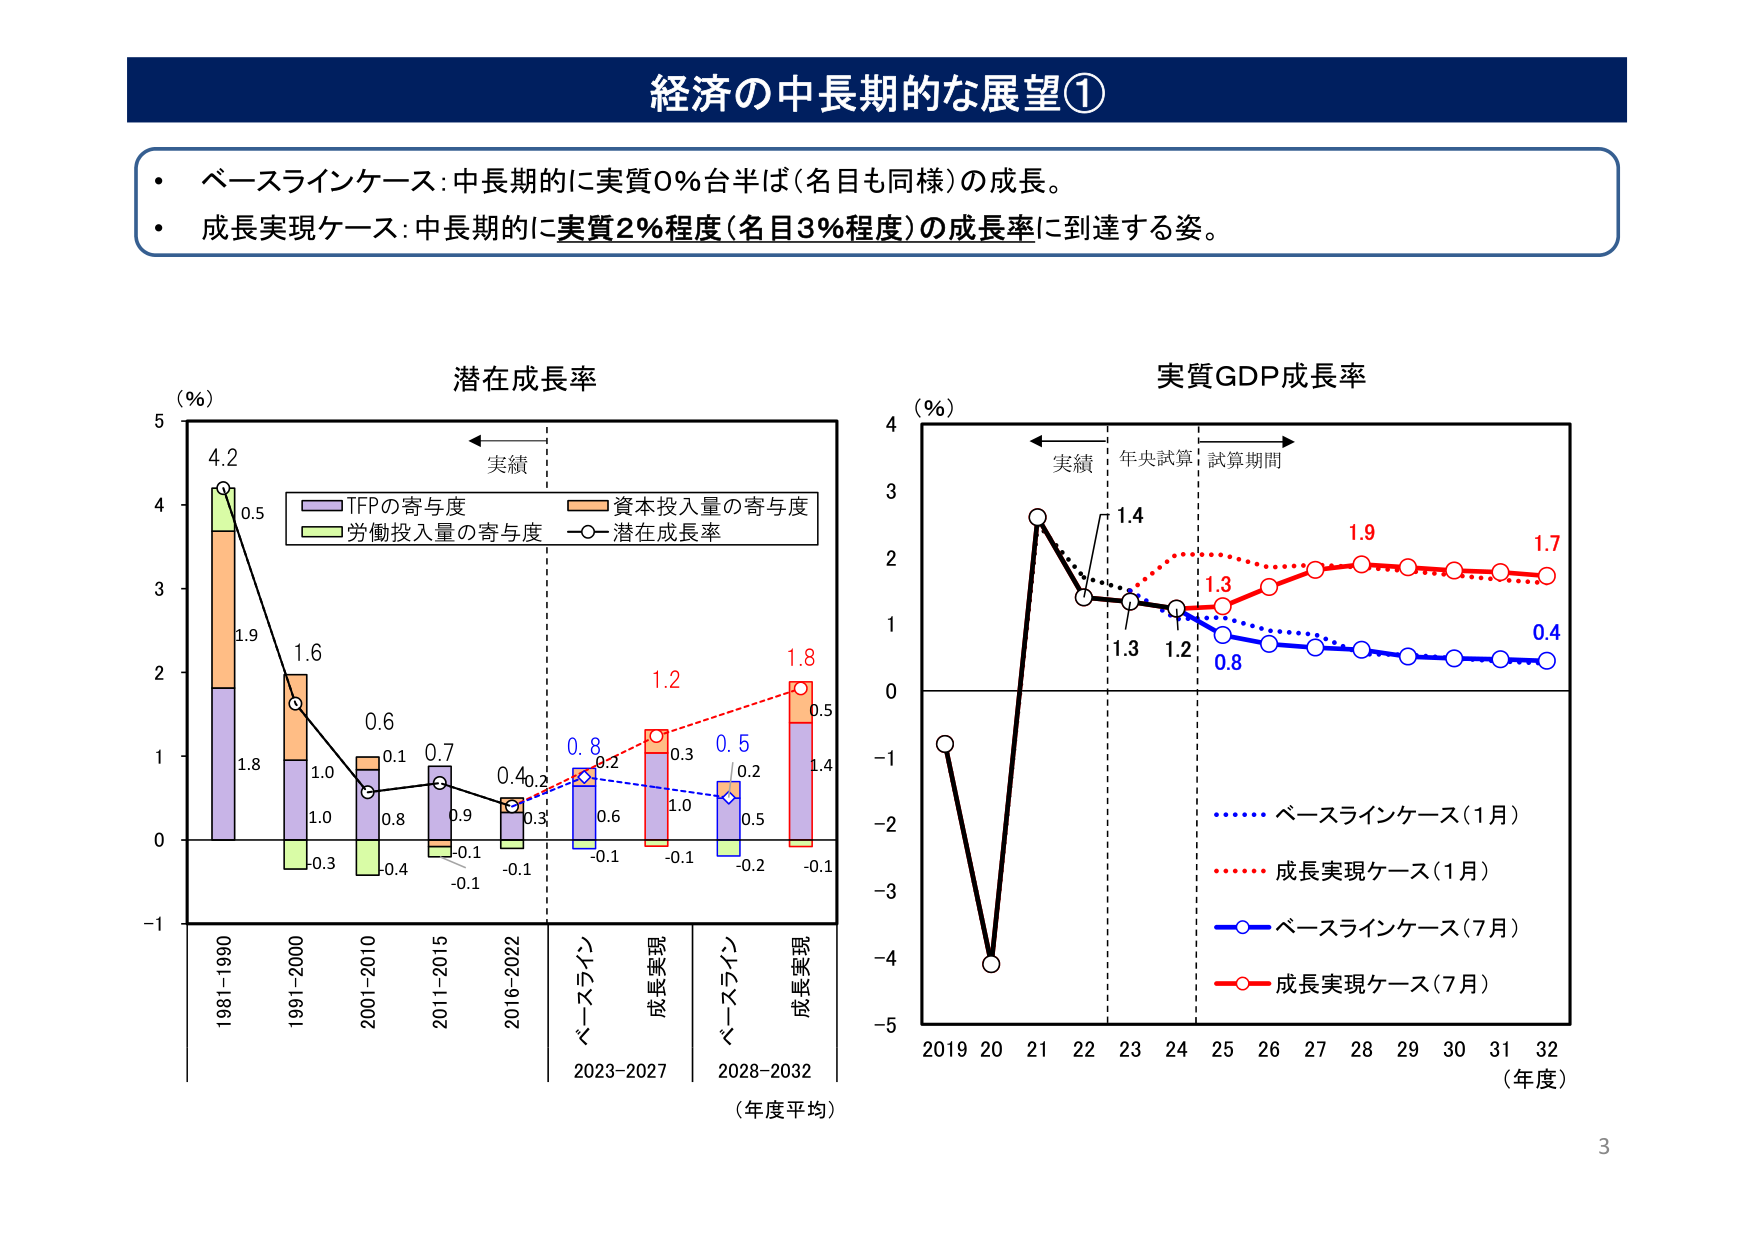
経済の中長期的な展望①

・ベースラインケース：中長期的に実質0％台半ば（名目も同様）の成長。
・成長実現ケース：中長期的に実質2％程度（名目3％程度）の成長率に到達する姿。

潜在成長率
（％）
4.2
1.9
1.6
0.6
0.7
0.4
0.2
1.2
1.8
0.5
1.4
0.5
0.2
0.3
0.6
0.1
-0.1
-0.1
-0.2
-0.1
-0.4
-0.3
-0.1
0.9
0.8
1.0
1.8
1.0
0.1
0.3
0.8
1.0
0.5
0.3
0.2
0.6
0.5
1981-1990
1991-2000
2001-2010
2011-2015
2016-2022
ベースライン
成長実現
2023-2027
ベースライン
成長実現
2028-2032
（年度平均）
実績
TFPの寄与度
資本投入量の寄与度
労働投入量の寄与度
潜在成長率

実質GDP成長率
（％）
1.4
1.3
1.2
0.8
1.9
1.7
0.4
-1
-2
-3
-4
-5
2019 20 21 22 23 24 25 26 27 28 29 30 31 32
（年度）
実績
年央試算
試算期間
ベースラインケース（1月）
成長実現ケース（1月）
ベースラインケース（7月）
成長実現ケース（7月）

3